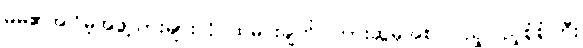
မိမိ၏အငြိမ့်အဖွဲ့သားများကို ထမင်းချက်၊ ကားဆွဲမှအစ ပြည့်ပြည့်စုံစုံကြီး